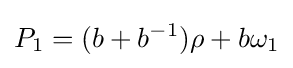
P_{1}=(b+b^{-1})\rho +b\omega _{1}